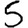
Digit: 5